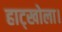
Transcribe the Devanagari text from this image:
हाट्खोला।